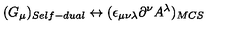
( G _ { \mu } ) _ { S e l f - d u a l } \leftrightarrow ( \epsilon _ { \mu \nu \lambda } \partial ^ { \nu } A ^ { \lambda } ) _ { M C S }